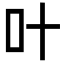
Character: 叶